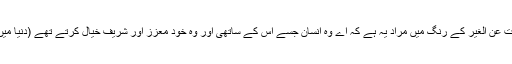
اس جگہ یہ مراد ہرگز نہیں کہ نعوذ باللہ خدا دوزخیوں کو معزز اور شریف خیال کرتا ہے بلکہ حکایت عن الغیر کے رنگ میں مراد یہ ہے کہ اے وہ انسان جسے اس کے ساتھی اور وہ خود معزز اور شریف خیال کرتے تھے (دنیا میں غلط کام کرنے کے بعد سمجھتے تھے ہم بہت معزز ہیں) تو اب خدا کے آگ کے عذاب کا مزاچکھ۔